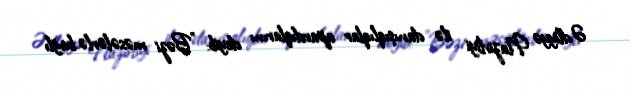
Ədliyyə Nazirliyi ilə danışıqlıqlar apardıqlarını deyib: "Bəzi məsələrlə bağlı